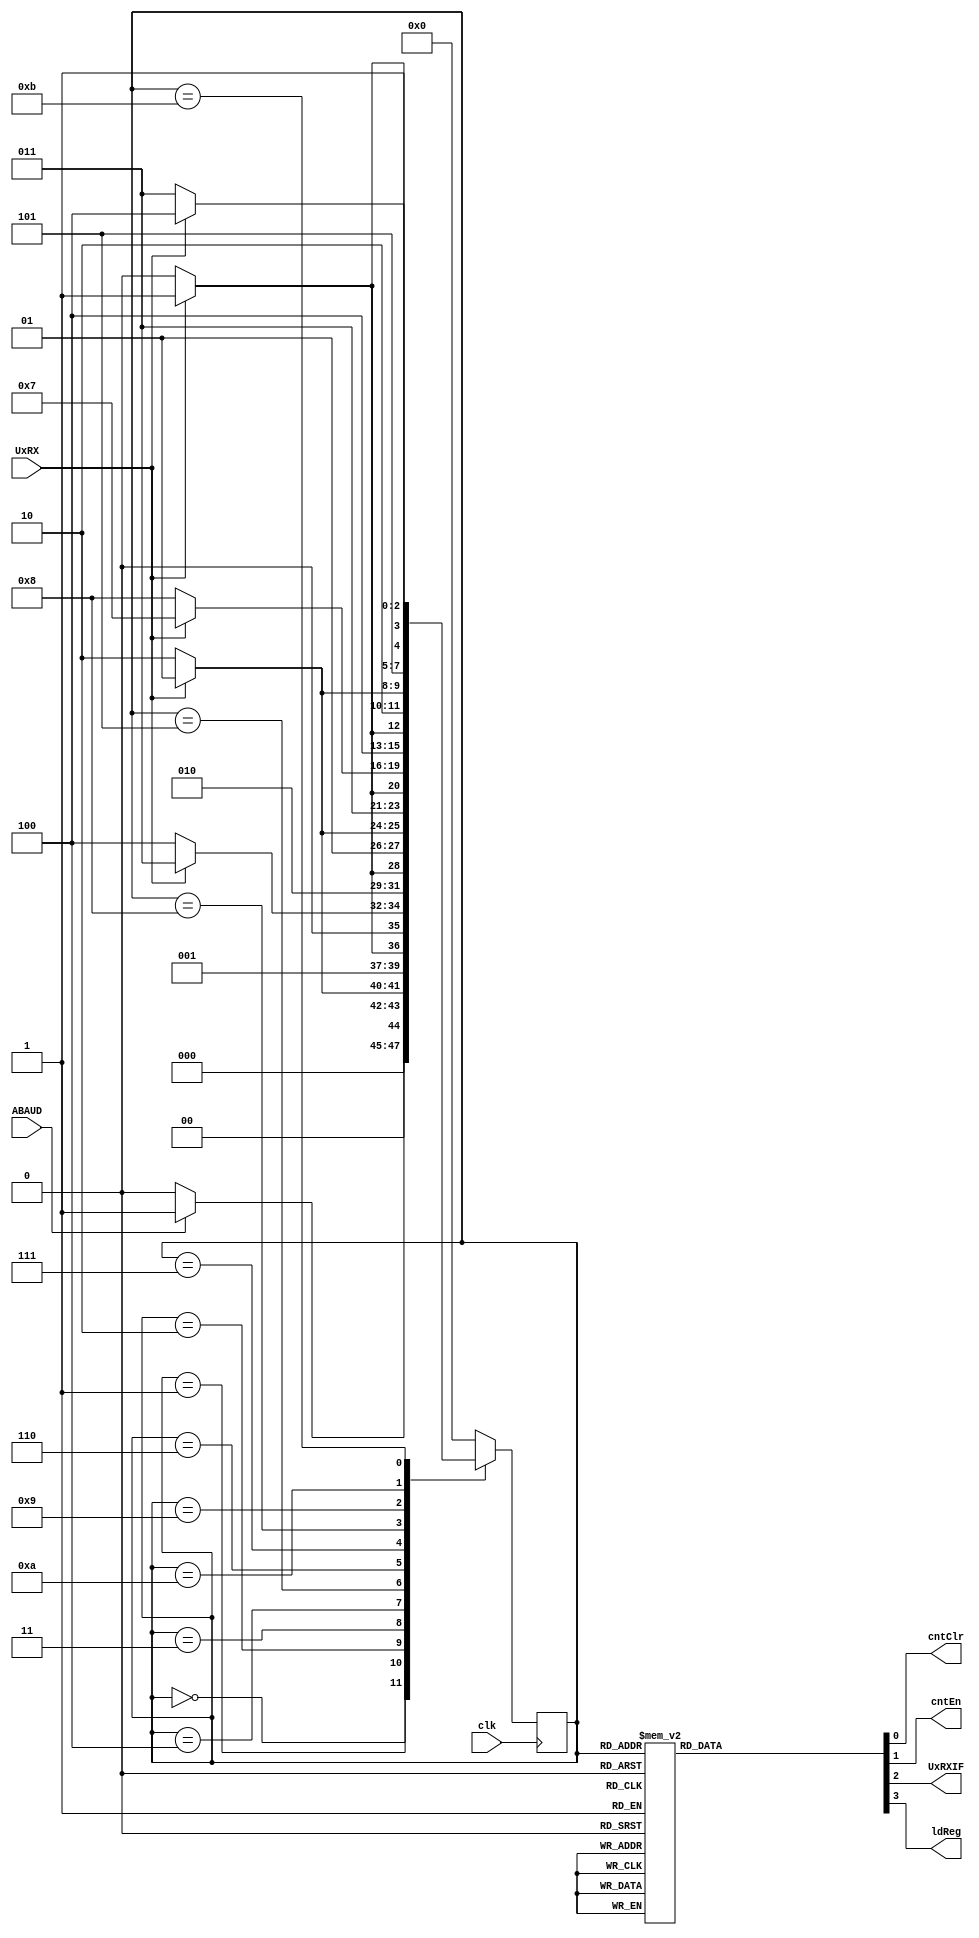
`define Idle  4'b0000
`define Init  4'b0001
`define Start 4'b0010
`define S0    4'b0011
`define S1    4'b0100
`define S2    4'b0101
`define S3    4'b0110
`define S4    4'b0111
`define S5    4'b1000
`define S6    4'b1001
`define S7    4'b1010
`define S8    4'b1011
`define Done  4'b1100

module ABRCKT_controller(
    input ABAUD, UxRX, clk,
    output reg cntClr, cntEn, UxRXIF, ldReg
);
    reg [3:0] ps, ns;

    always @(posedge clk) begin
        ps <= ns;
    end

    always @(ps, ABAUD, UxRX) begin
        case (ps)
            `Idle:  ns = ABAUD ? `Init : `Idle;
            `Init:  ns = UxRX ? `Init : `Start;
            `Start: ns = UxRX ? `S0 : `Start;
            `S0: ns = UxRX ? `S0 : `S1;
            `S1: ns = UxRX ? `S2 : `S1;
            `S2: ns = UxRX ? `S2 : `S3;
            `S3: ns = UxRX ? `S4 : `S3;
            `S4: ns = UxRX ? `S4 : `S5;
            `S5: ns = UxRX ? `S6 : `S5;
            `S6: ns = UxRX ? `S6 : `S7;
            `S7: ns = UxRX ? `S8 : `S7;
            `S8: ns = UxRX ? `Done : `S8;
            `Done: ns = `Idle;
            default: ns = `Idle;
        endcase
    end

    always @(ps) begin
        {cntClr, cntEn, ldReg, UxRXIF} = 4'd0;
        case (ps)
            `Idle:;
            `Init: cntClr = 1'b1;
            `Start:;
            `S0: cntEn = 1'b1;
            `S1: cntEn = 1'b1;
            `S2: cntEn = 1'b1;
            `S3: cntEn = 1'b1;
            `S4: cntEn = 1'b1;
            `S5: cntEn = 1'b1;
            `S6: cntEn = 1'b1;
            `S7: cntEn = 1'b1;
            `S8: cntEn = 1'b1;
            `Done: {ldReg, UxRXIF} = 2'b11;
            default:;
        endcase
    end
endmodule